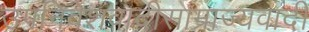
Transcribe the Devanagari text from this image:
उपनिवेशवादीसाम्राज्यवादी